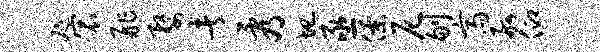
咫宸舴婺者看圮亟僚尼刎斋舸仰